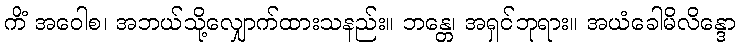
ကိံ အဝေါစ၊ အဘယ်သို့လျှောက်ထားသနည်း။ ဘန္တေ၊ အရှင်ဘုရား။ အယံခေါမိလိန္ဒော